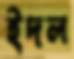
ইদল